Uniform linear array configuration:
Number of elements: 24
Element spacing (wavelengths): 1
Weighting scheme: binomial
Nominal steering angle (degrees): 45
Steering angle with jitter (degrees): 43.315
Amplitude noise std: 0.05
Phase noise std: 0.05

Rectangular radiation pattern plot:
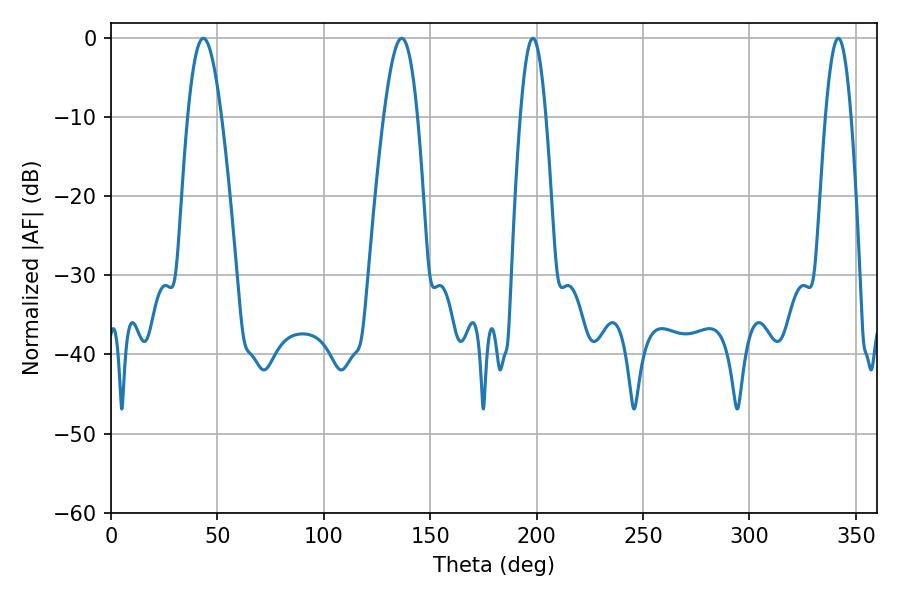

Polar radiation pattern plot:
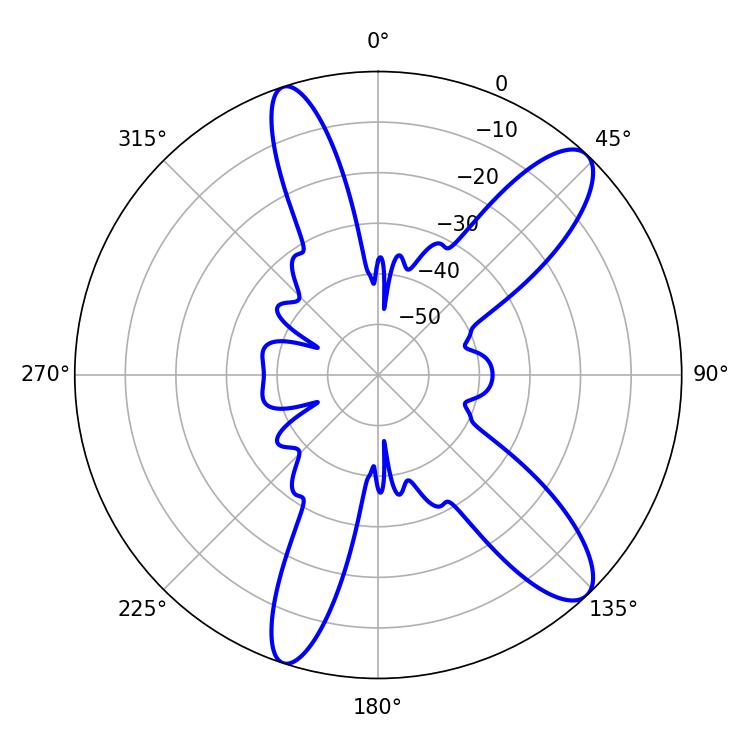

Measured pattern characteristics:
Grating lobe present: TRUE
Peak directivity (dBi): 11.333
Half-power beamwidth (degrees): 8.64
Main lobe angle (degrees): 43.38